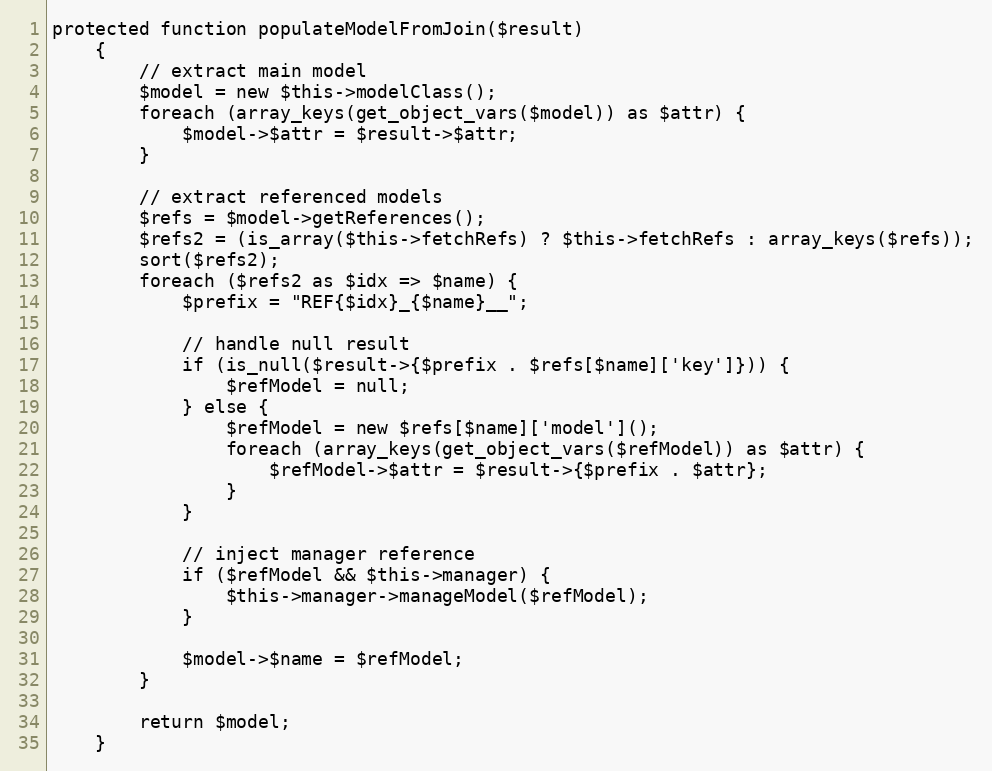
Language: PHP
protected function populateModelFromJoin($result)
    {
        // extract main model
        $model = new $this->modelClass();
        foreach (array_keys(get_object_vars($model)) as $attr) {
            $model->$attr = $result->$attr;
        }

        // extract referenced models
        $refs = $model->getReferences();
        $refs2 = (is_array($this->fetchRefs) ? $this->fetchRefs : array_keys($refs));
        sort($refs2);
        foreach ($refs2 as $idx => $name) {
            $prefix = "REF{$idx}_{$name}__";

            // handle null result
            if (is_null($result->{$prefix . $refs[$name]['key']})) {
                $refModel = null;
            } else {
                $refModel = new $refs[$name]['model']();
                foreach (array_keys(get_object_vars($refModel)) as $attr) {
                    $refModel->$attr = $result->{$prefix . $attr};
                }
            }

            // inject manager reference
            if ($refModel && $this->manager) {
                $this->manager->manageModel($refModel);
            }

            $model->$name = $refModel;
        }

        return $model;
    }